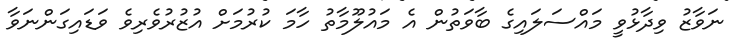
ނަވާޒު ވިދާޅުވީ މައްސަލައިގެ ބާވަތުން އެ މައުލޫމާތު ހާމަ ކުރުމަށް އުޒުރުވެރިވެ ވަޑައިގަންނަވާ